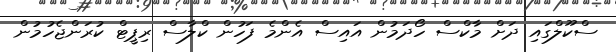
ސްކޫލްގައި ދަށް މާކްސް ހޯދަމުން އައިސް އެންމެ ފަހުން ކްލާސް ރިޕީޓް ކުރަންޖެހުމުން